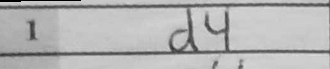
Transcription: d4